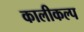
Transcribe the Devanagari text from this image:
कालीकल्प